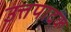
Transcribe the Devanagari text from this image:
उत्तपादक